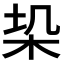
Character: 𭩥